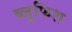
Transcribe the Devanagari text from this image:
ब्लूफिश